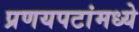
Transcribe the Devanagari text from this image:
प्रणयपटांमध्ये